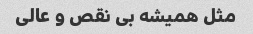
مثل همیشه بی نقص و عالی